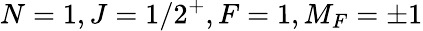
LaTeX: N=1,J=1/2^{+},F=1,M_{F}=\pm 1